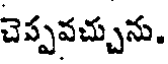
చెప్పవచ్చును.